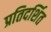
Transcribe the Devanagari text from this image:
प्रतिदर्शित